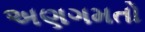
અણગમતો